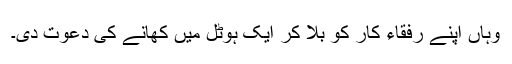
وہاں اپنے رفقاء کار کو بلا کر ایک ہوٹل میں کھانے کی دعوت دی۔